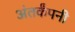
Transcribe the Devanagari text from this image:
अंतर्कंपनी